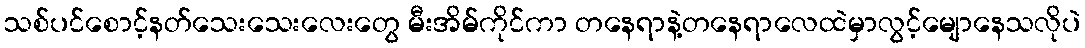
သစ်ပင်စောင့်နတ်သေးသေးလေးတွေ မီးအိမ်ကိုင်ကာ တနေရာနဲ့တနေရာလေထဲမှာလွင့်မျောနေသလိုပဲ